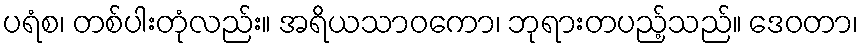
ပရံစ၊ တစ်ပါးတုံလည်း။ အရိယသာဝကော၊ ဘုရားတပည့်သည်။ ဒေဝတာ၊